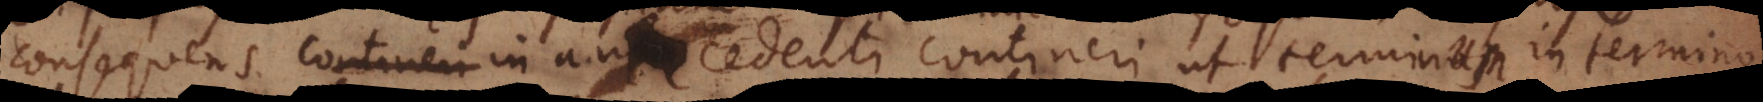
consequens in antecedenti contineri ut terminum in termino,